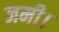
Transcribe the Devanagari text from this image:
जमी।